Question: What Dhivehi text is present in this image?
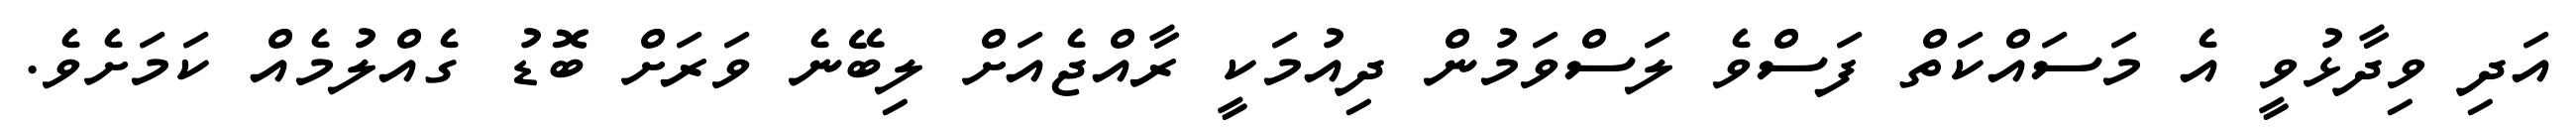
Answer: އަދި ވިދާޅުވީ އެ މަސައްކަތް ފަސްވެ ލަސްވަމުން ދިއުމަކީ ރާއްޖެއަށް ލިބޭނެ ވަރަށް ބޮޑު ގެއްލުމެއް ކަމަށެވެ.